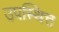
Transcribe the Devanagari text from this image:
उपस्थित्त